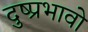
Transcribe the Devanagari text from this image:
दुष्प्रभावो